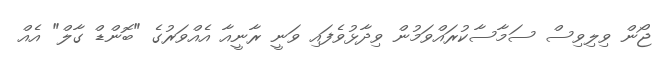
ޖޯން ވިލިވިސް ސަމާސާކުރައްވަމުން ވިދާޅުވެފައި ވަނީ ރާނީއާ އެއްވަރުގެ "ބޮންޑް ގާލް" އެއް